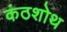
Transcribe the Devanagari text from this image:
कंठशोथ